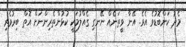
މެދު ކަންބޮޑުވެ އެވެ. އޭނާ ވީތަނެއް ނޭނގި ގެއްލުމަކީ ކުޅުންތެރިންނަށް އޮތް ބިރުވެރި